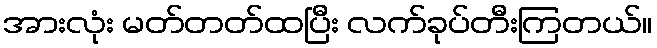
အားလုံး မတ်တတ်ထပြီး လက်ခုပ်တီးကြတယ်။